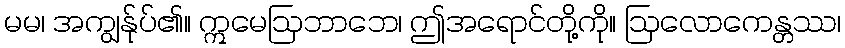
မမ၊ အကျွန်ုပ်၏။ ဣမေဩဘာဘေ၊ ဤအရောင်တို့ကို။ ဩလောကေန္တဿ၊